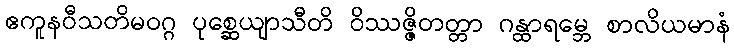
ဧကူနဝီသတိမဝဂ္ဂ ပုစ္ဆေယျာသီတိ ဝိဿဇ္ဇိတတ္တာ ဂန္ထာရမ္ဘေ စာလိယမာနံ